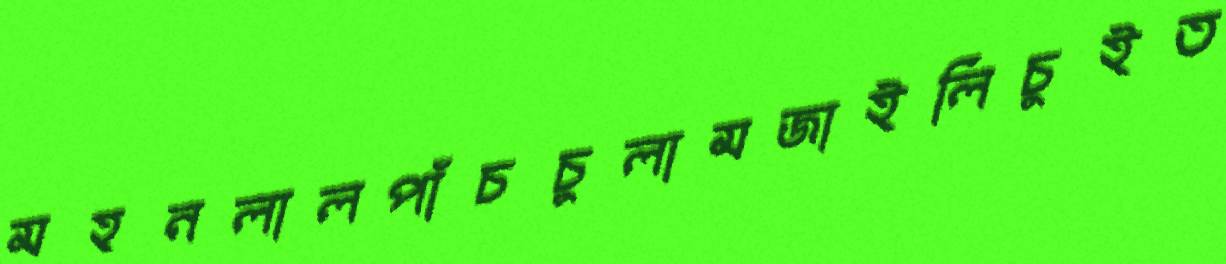
মহনলালপাঁচচুলামজাইলিচুইত